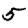
Digit: 5